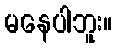
မနေပါဘူး။